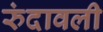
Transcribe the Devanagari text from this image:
रुंदावली